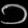
Digit: ၁